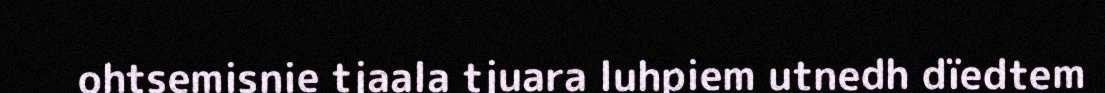
ohtsemisnie tjaala tjuara luhpiem utnedh dïedtem